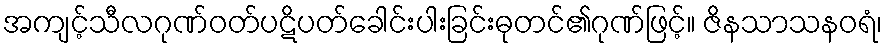
အကျင့်သီလဂုဏ်ဝတ်ပဋိပတ်ခေါင်းပါးခြင်းဓုတင်၏ဂုဏ်ဖြင့်။ ဇိနသာသနဝရံ၊